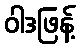
ဝါဒဖြန့်